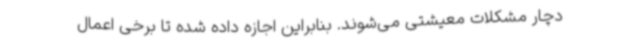
دچار مشکلات معیشتی می‌شوند. بنابراین اجازه داده شده تا برخی اعمال